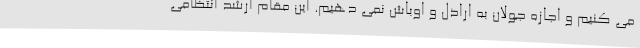
می کنیم و اجازه جولان به اراذل و اوباش نمی دهیم. این مقام ارشد انتظامی